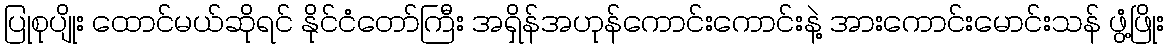
ပြုစုပျိုး ထောင်မယ်ဆိုရင် နိုင်ငံတော်ကြီး အရှိန်အဟုန်ကောင်းကောင်းနဲ့ အားကောင်းမောင်းသန် ဖွံ့ဖြိုး